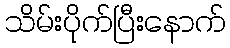
သိမ်းပိုက်ပြီးနောက်